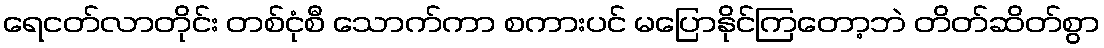
ရေငတ်လာတိုင်း တစ်ငုံစီ သောက်ကာ စကားပင် မပြောနိုင်ကြတော့ဘဲ တိတ်ဆိတ်စွာ